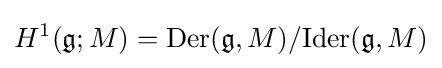
H^{1}({\mathfrak {g}};M)=\mathrm {Der} ({\mathfrak {g}},M)/\mathrm {Ider} ({\mathfrak {g}},M)